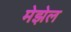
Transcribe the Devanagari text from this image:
मेझेल